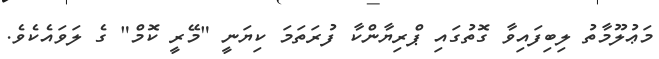
މަޢުލޫމާތު ލިބިފައިވާ ގޮތުގައި ޕްރިޔާންކާ ފުރަތަމަ ކިޔަނީ "މޭރީ ކޮމް" ގެ ލަވައެކެވެ.